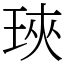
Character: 𤥵